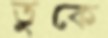
তুকে